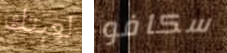
لعبتك سكافو